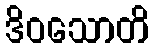
ဒိဝသောတိ